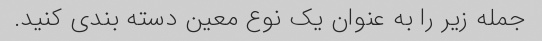
جمله زیر را به عنوان یک نوع معین دسته بندی کنید.